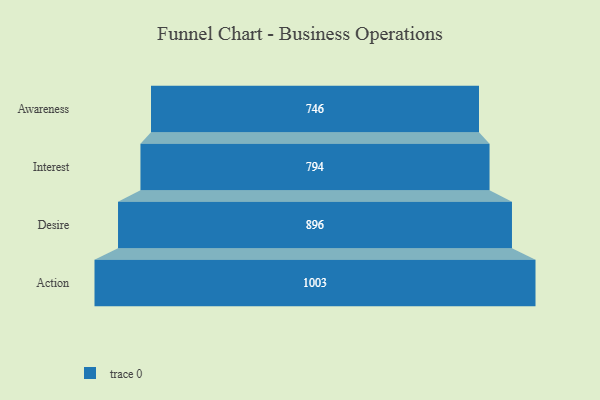
{"axis": {"x": "Stage", "y": "Value"}, "legend": [""], "data": [{"x": "Awareness", "y": 746.0, "type": ""}, {"x": "Interest", "y": 794.0, "type": ""}, {"x": "Desire", "y": 896.0, "type": ""}, {"x": "Action", "y": 1003.0, "type": ""}]}